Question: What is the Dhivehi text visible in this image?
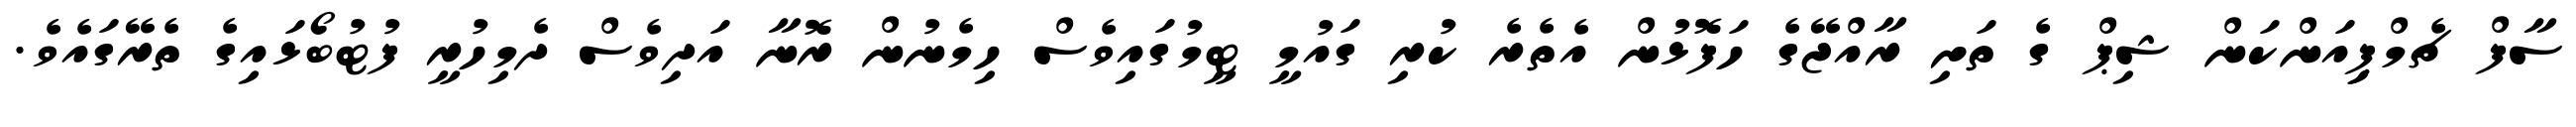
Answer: ސާފް ޗެމްޕިިއަންކަން ޝިޕް ގެ ތަށި ރާއްޖޭގެ ހަފޮޅުން އެތެރެ ކުރި ގައުމީ ޓީމުގައިވެސް ހިމެނުން ރޮނާ އަދިވެސް ދެމިހުރީ ފުޓުބޯޅައިގެ ތެރޭގައެވެ.